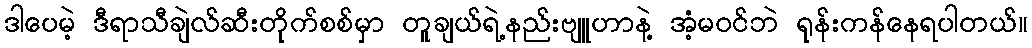
ဒါပေမဲ့ ဒီရာသီချဲလ်ဆီးတိုက်စစ်မှာ တူချယ်ရဲ့နည်းဗျူဟာနဲ့ အံ့မဝင်ဘဲ ရုန်းကန်နေရပါတယ်။